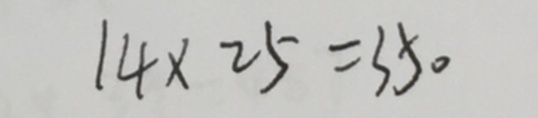
1 4 \times 2 5 = 3 5 0